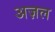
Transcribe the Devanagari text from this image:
अज़ल